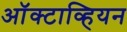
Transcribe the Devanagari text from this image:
ऑक्टाव्हियन